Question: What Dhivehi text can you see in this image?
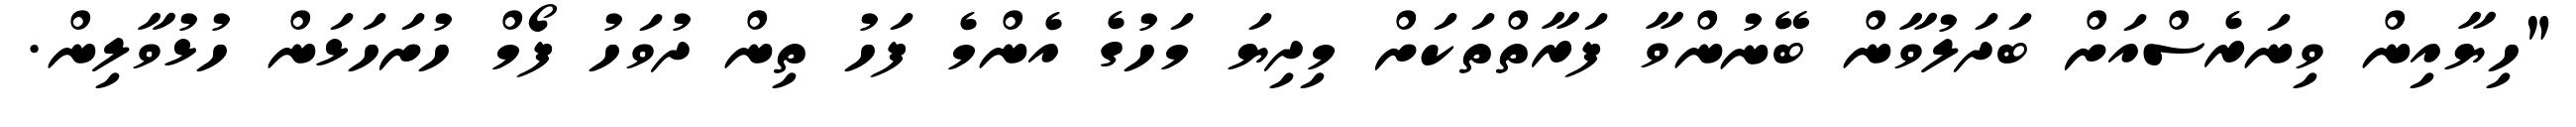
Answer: "ހިޔާއިން ވިނަރެސްއަށް ބަދަލުވާން ބޭނުންވާ ފަރާތްތަކަށް މިދިޔަ މަހުގެ އެންމެ ފަހު ތިން ދުވަހު ފޯމް ހުށަހަޅަން ހުޅުވާލިން.